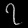
Digit: ၇